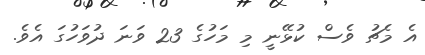
އެ މެޗު ވެސް ކުޅޭނީ މި މަހުގެ 23 ވަނަ ދުވަހުގަ އެވެ.